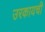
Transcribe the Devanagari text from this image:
उरकायची